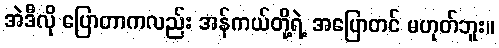
အဲဒီလို ပြောတာကလည်း အန်ကယ်တို့ရဲ့ အပြောတင် မဟုတ်ဘူး။